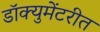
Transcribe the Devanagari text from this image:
डॉक्युमेंटरीत